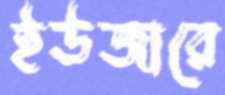
ইউজারে